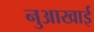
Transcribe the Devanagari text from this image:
नुआखाई